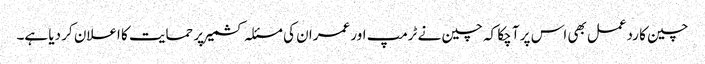
چین کا ردعمل بھی اس پر آ چکا کہ چین نے ٹرمپ اور عمران کی مسئلہ کشمیر پر حمایت کا اعلان کر دیا ہے۔